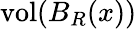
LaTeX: \operatorname{vol}(B_{R}(x))